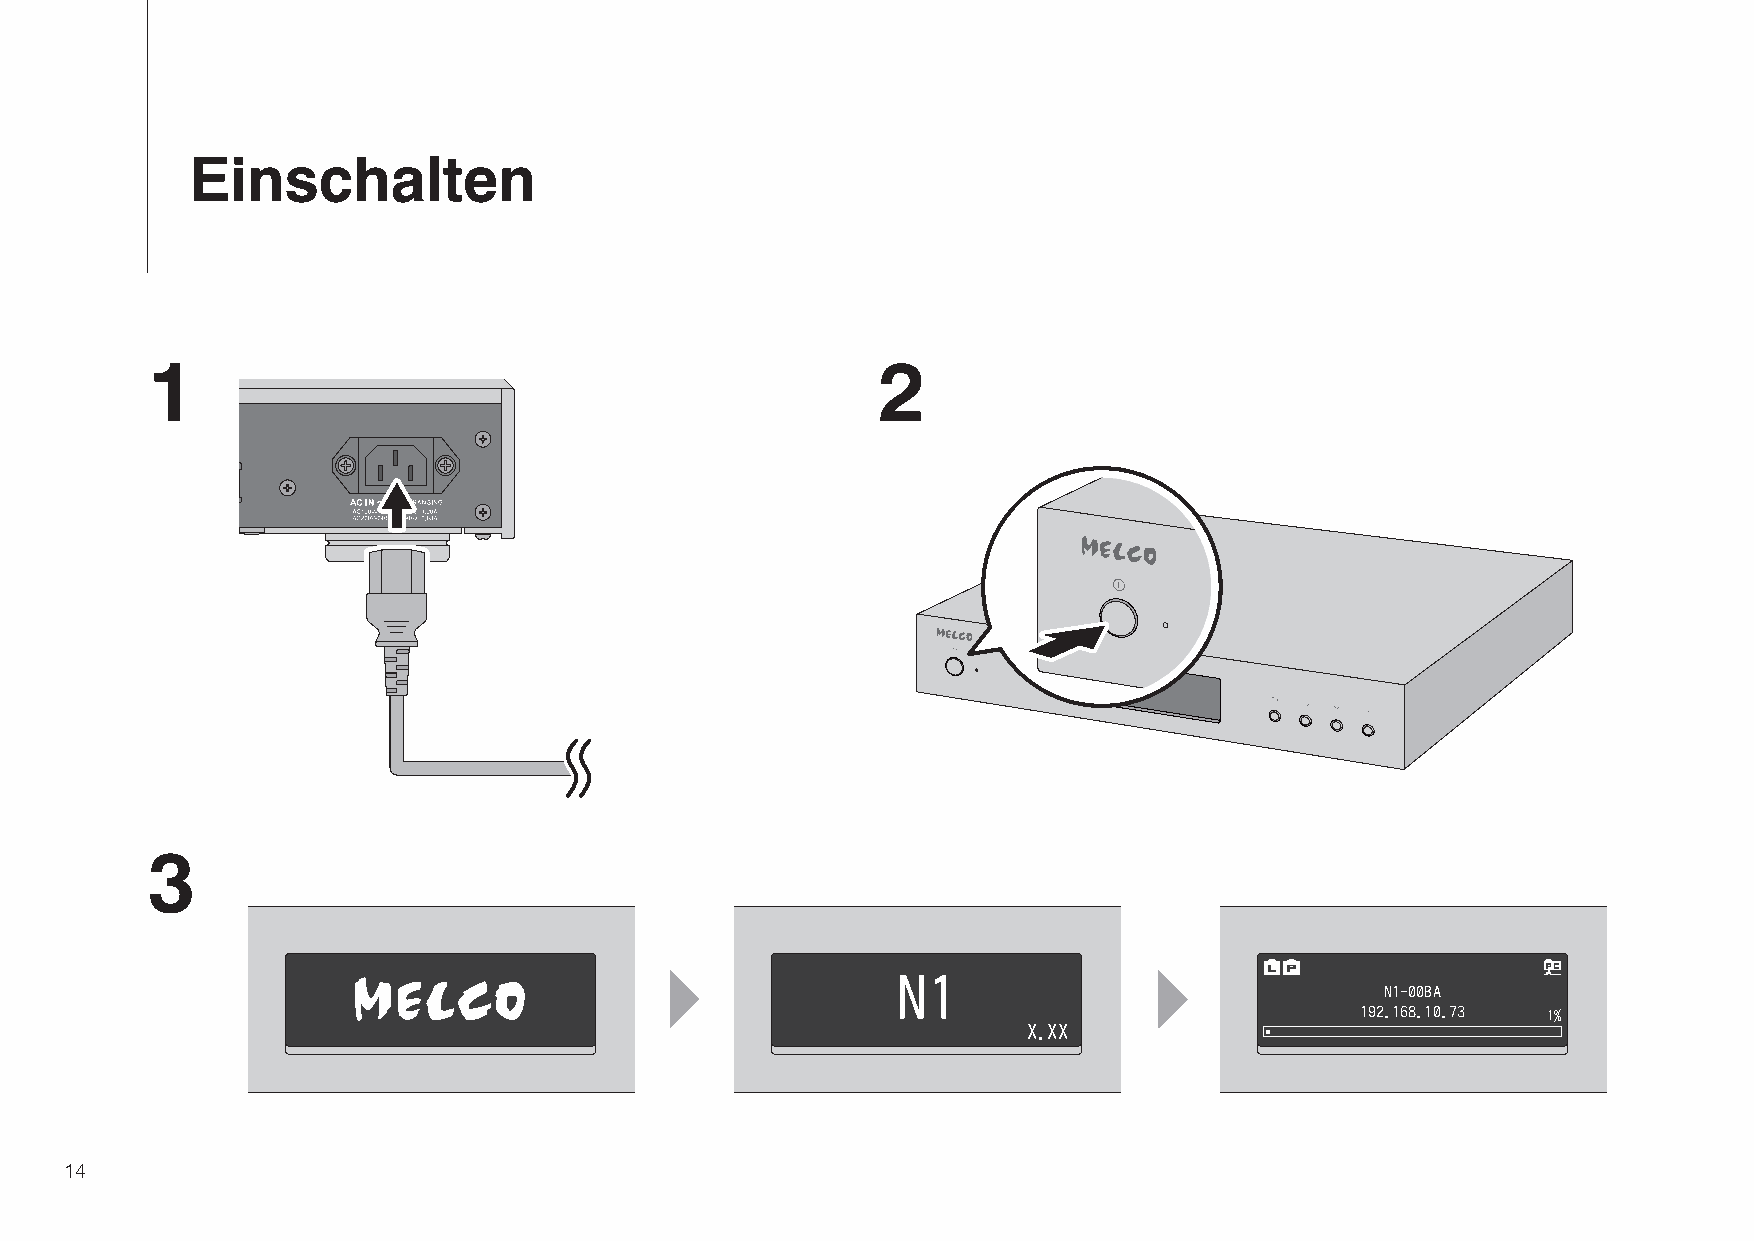
Einschalten
 1                                               2
 3
 N1
 N1-00BA
 192.168.10.73 1%
 X.XX
 14